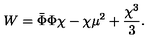
W = \bar { \Phi } \Phi \chi - \chi \mu ^ { 2 } + { \frac { \chi ^ { 3 } } { 3 } } .